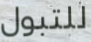
للتبول